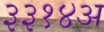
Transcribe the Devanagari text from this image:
३३१४अ